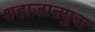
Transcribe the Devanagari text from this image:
शहाजानपुरा